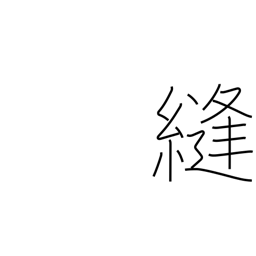
Meaning: sew